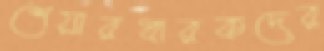
শেয়ারধারকদের